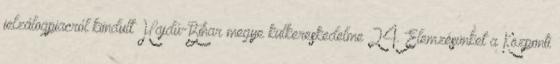
jelzálogpiacról kiindult Hajdú-Bihar megye külkereskedelme 24. Elemzésünket a Központi